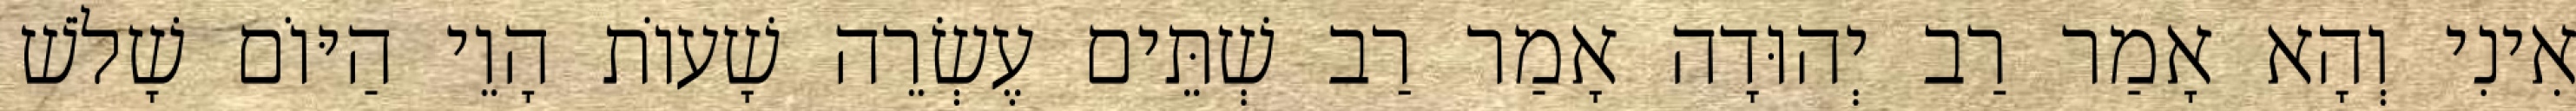
אִינִי וְהָא אָמַר רַב יְהוּדָה אָמַר רַב שְׁתֵּים עֶשְׂרֵה שָׁעוֹת הָוֵי הַיּוֹם שָׁלֹשׁ